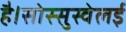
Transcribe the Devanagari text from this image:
है।सोस्सुस्वेलई